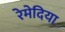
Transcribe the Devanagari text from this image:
रेमेदिया